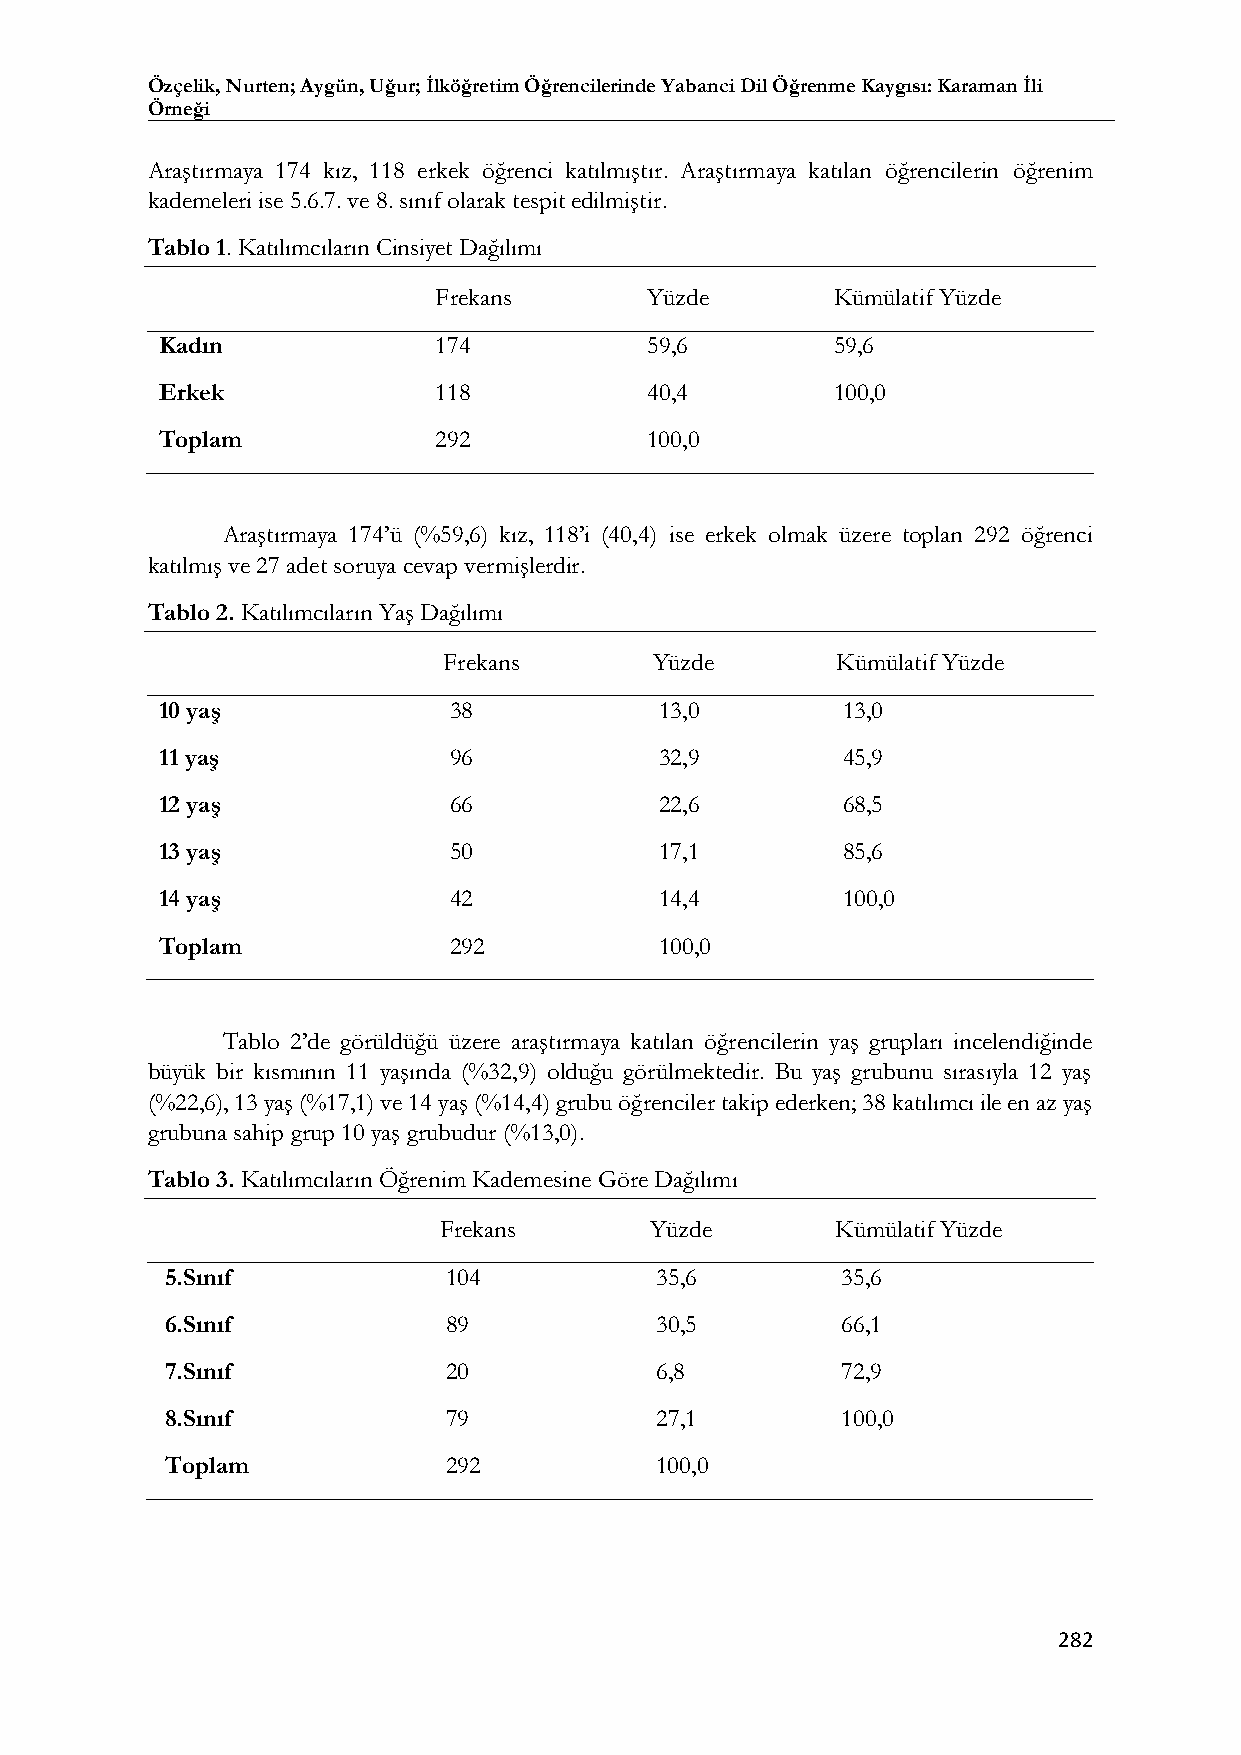
Özçelik, Nurten; Aygün, Uğur; İlköğretim Öğrencilerinde Yabanci Dil Öğrenme Kaygısı: Karaman İli
 Örneği
 Araştırmaya 174 kız, 118 erkek öğrenci katılmıştır. Araştırmaya katılan öğrencilerin öğrenim
 kademeleri ise 5.6.7. ve 8. sınıf olarak tespit edilmiştir.
 Tablo 1. Katılımcıların Cinsiyet Dağılımı
 Frekans       Yüzde       Kümülatif Yüzde
 Kadın             174           59,6        59,6
 Erkek             118           40,4        100,0
 Toplam            292           100,0
 Araştırmaya 174’ü (%59,6) kız, 118’i (40,4) ise erkek olmak üzere toplan 292 öğrenci
 katılmış ve 27 adet soruya cevap vermişlerdir.
 Tablo 2. Katılımcıların Yaş Dağılımı
 Frekans       Yüzde       Kümülatif Yüzde
 10 yaş             38            13,0        13,0
 11 yaş             96            32,9        45,9
 12 yaş             66            22,6        68,5
 13 yaş             50            17,1        85,6
 14 yaş             42            14,4        100,0
 Toplam             292           100,0
 Tablo 2’de görüldüğü üzere araştırmaya katılan öğrencilerin yaş grupları incelendiğinde
 büyük bir kısmının 11 yaşında (%32,9) olduğu görülmektedir. Bu yaş grubunu sırasıyla 12 yaş
 (%22,6), 13 yaş (%17,1) ve 14 yaş (%14,4) grubu öğrenciler takip ederken; 38 katılımcı ile en az yaş
 grubuna sahip grup 10 yaş grubudur (%13,0).
 Tablo 3. Katılımcıların Öğrenim Kademesine Göre Dağılımı
 Frekans       Yüzde       Kümülatif Yüzde
 5.Sınıf            104          35,6         35,6
 6.Sınıf            89           30,5         66,1
 7.Sınıf            20           6,8          72,9
 8.Sınıf            79           27,1         100,0
 Toplam             292          100,0
 282